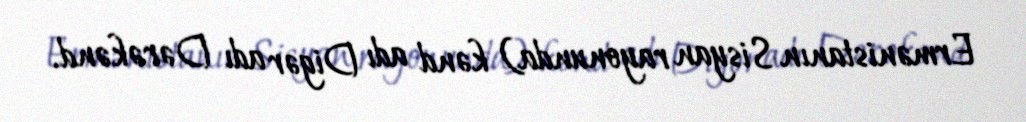
Ermənistanın Sisyan rayonunda) kənd adı Digər adı Dərəkənd.